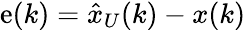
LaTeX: \mathrm{e}(k)={\hat{{x}}}_{U}(k)-x(k)